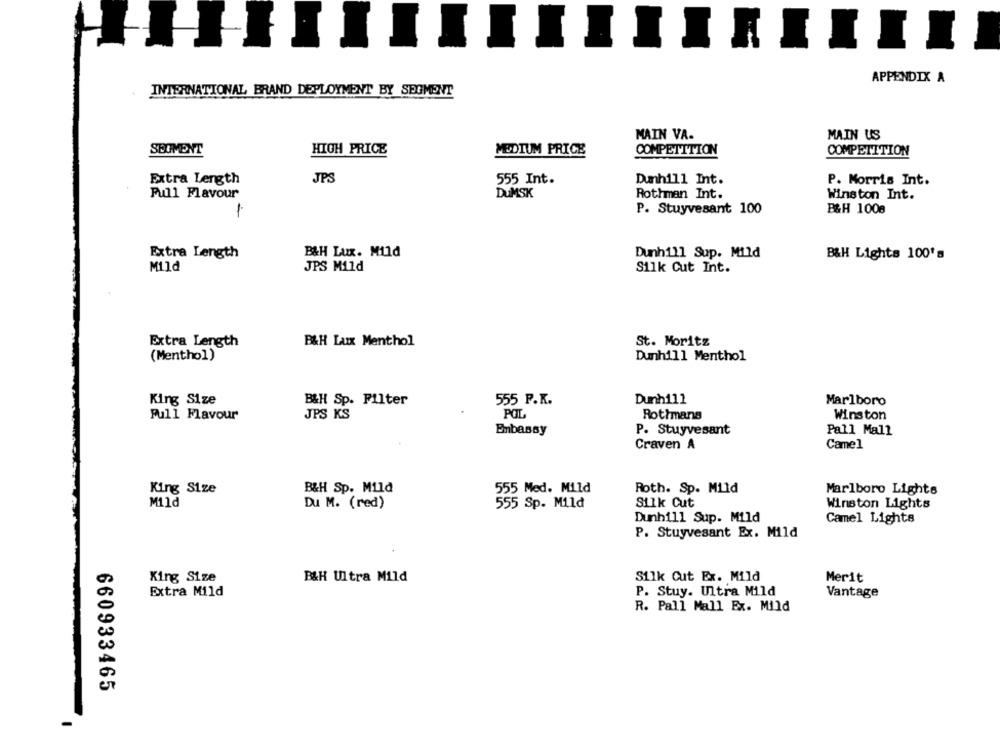
APPENDIX A
INTERNATIONAL BRAND DEPLOYMENT BY SEGMENT
MAIN VA-
MAIN US
HIGH PRICE
MEDIUM PRICE
COMPETITION
SEGMENT
COMPETITION
Extra Length
JPS
555 Int.
Dunhill Int.
P. Morris Int.
Pull Flavour
DUMSK
Rothman Int.
Winston Int.
P. Stuyvesant 100
B&H 1008
1.
Extra Length
B&H Lux. Mild
Dunhill Sup. Mild
B&H Lights 100's
Mild
JPS Mild
Silk Cut Int.
Extra Length
B&H Lux Menthol
St. Moritz
(Menthol)
Dunhill Menthol
King Size
B&H Sp. Filter
555 P.K.
Dunhill
Marlboro
Pull Flavour
JPS KS
POL
Rothmans
Winston
Embassy
P. Stuyvesant
Pall Mall
Craven A
Camel
King Size
B&H Sp. Mild
555 Med. Mild
Roth. Sp. Mild
Marlboro Lights
Mild
Du M. (red)
555 Sp. Mild
Silk Cut
Winston Lights
Dunhill Sup. Mild
Camel Lights
P. Stuyvesant Ex. Mild
King Size
B&H Ultra Mild
Silk Cut Ex. Mild
Merit
Extra Mild
P. Stuy. Ultra Mild
Vantage
R. Pall Mall Ex. Mild
660933465
-